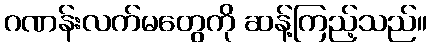
ဂဏန်းလက်မတွေကို ဆန့်ကြည့်သည်။